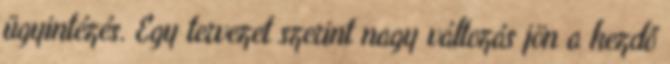
ügyintézés. Egy tervezet szerint nagy változás jön a kezdő